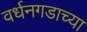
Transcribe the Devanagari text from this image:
वर्धनगडाच्या